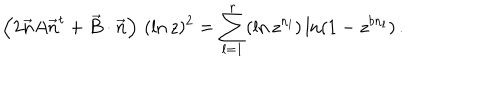
\left( 2 \vec { n } A \vec { n } ^ { t } + \vec { B } \cdot \vec { n } \right) \, ( \ln z ) ^ { 2 } = \sum _ { l = 1 } ^ { r } ( \ln z ^ { n _ { l } } ) \ln ( 1 - z ^ { b n _ { l } } ) \, .